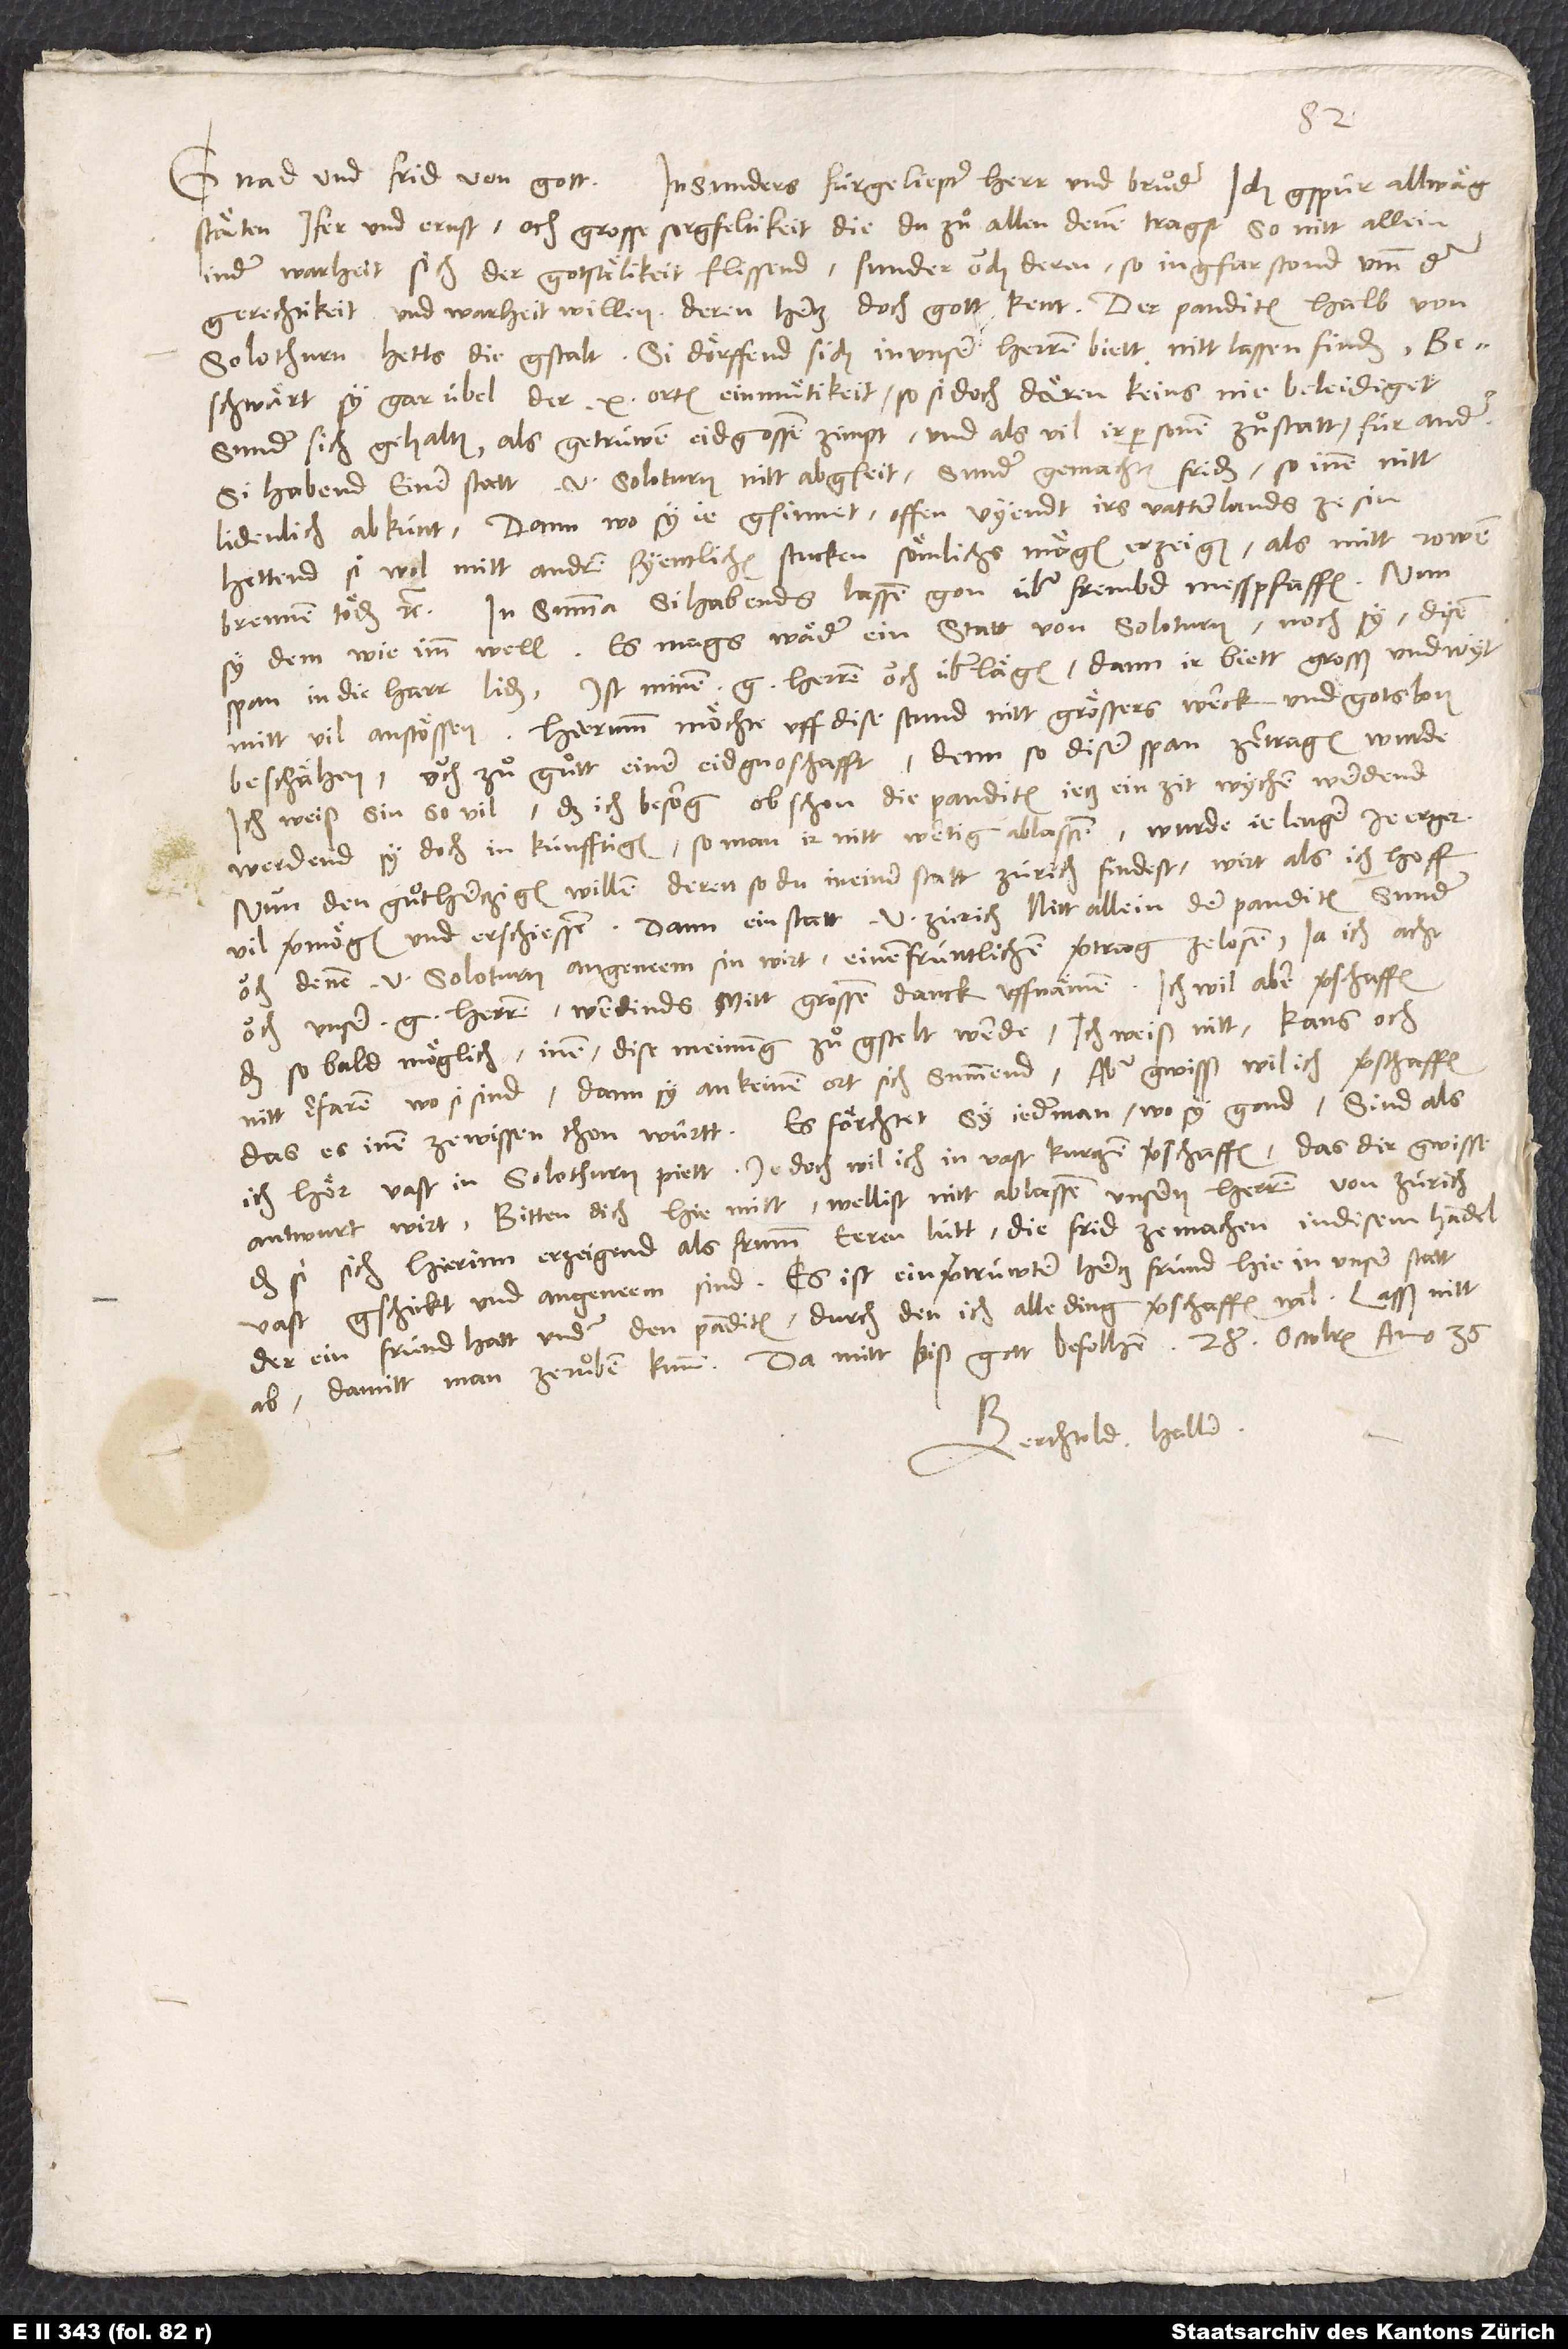
stäten ifer und ernst, och grosse sorgfeltikeit, die du zuͦ allen denen tragst, so nitt allein
in der warheit sich der gotsälikeit flissend, sunder ouch deren, so in gfar stond umb der
gerechtikeit und warheit willen, deren hercz doch gott kent. Der panditen halb von
Solothurn hetts die gstalt: Si dörffend sich in unser herren biett nitt lassen finden,
beschwärt sy gar übel der 10 orten einmuͤtikeit, so si doch dären keins nie beleidigett,
sunder sich gehalten, als getrüwen eidgnossen zimpt, und als vil ir personen zuͦstatt, für ander.
Si habend einer statt von Soloturn nitt abgseit, sunder gemachten friden, so inen nitt
lidenlich, abkünt, dann wo sy je gsinnet, offen vyendt irs vatterlands ze sin,
hettend si wol mitt andren fyentlichen stucken sömlichs mögen erzeigen, als mitt rowen,
brennen, toden etc. In summa: Si habends lassen gon über frembd messpfaffen. Nun
sy dem, wie imm well. Es mags wäder ein statt von Soloturn noch sy disen
span in die harr liden, ist minen g herren ouch überlägen, dann ir biett grosß und wyt
mitt vil anstössen. Hierumm möchte uff dise stund nitt grössers werck und gotslon
beschähen, ouch zuͦ guͦtt einer eidgnoschafft, denn so diser span zertragen wurde.
Ich weiß sin so vil, daß ich besorg, obschon die panditen jecz ein zit wychen werdend,
werdend sy doch in künfftigem, so man ir nitt wertig, ablassen; wurde je lenger je erger.
Nun, den guͦtherczigen willen deren, so du in einer statt Zürich findest, wirt, als ich hoff,
vil vermögen und erschiessen. Dann ein statt von Zürich nitt allein den panditen, sunder
ouch denen von Soloturn angeneem sin wirt, einen früntlichen vertrag ze losen, ja ich acht,
ouch unser glnädigenj herren werdinds mitt grossem danck uffnämen. Ich wil aber verschaffen,
daß sobald möglich inen dise meinung zuͦgstelt werde. Ich weiß nitt, kans och
nitt erfaren, wo si sind, dann sy an keinem ort sich summend. Aber gwisß wil ich verschaffen,
das es inen ze wissen thon württ. Es förchtet sy jederman, wo sy gand; sind, als
ich hör, vast in Solothurn piett. Jedoch wil ich in vast kurczem verschaffen, das dir gwisse
antwurt wirt. Bitten dich hiemitt, wellist nitt ablassen unsern herren von Zürich,
daß si sich hierinn erzeigend als frumm eeren lütt, die frid ze machen in disem handel
vast gschickt und angeneem sind. Es ist ein vertrüwter hercz fründ hie in unser statt,
der ein fründ hatt under den panditen, durch den ich alle ding verschaffen wil. Lasß nitt
Berchtold Haller.